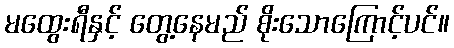
မထွေးရီနှင့် တွေ့နေမည် စိုးသောကြောင့်ပင်။